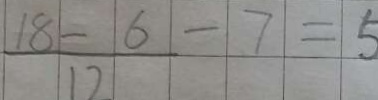
\frac { 1 8 - 6 } { 1 2 } - 7 = 5